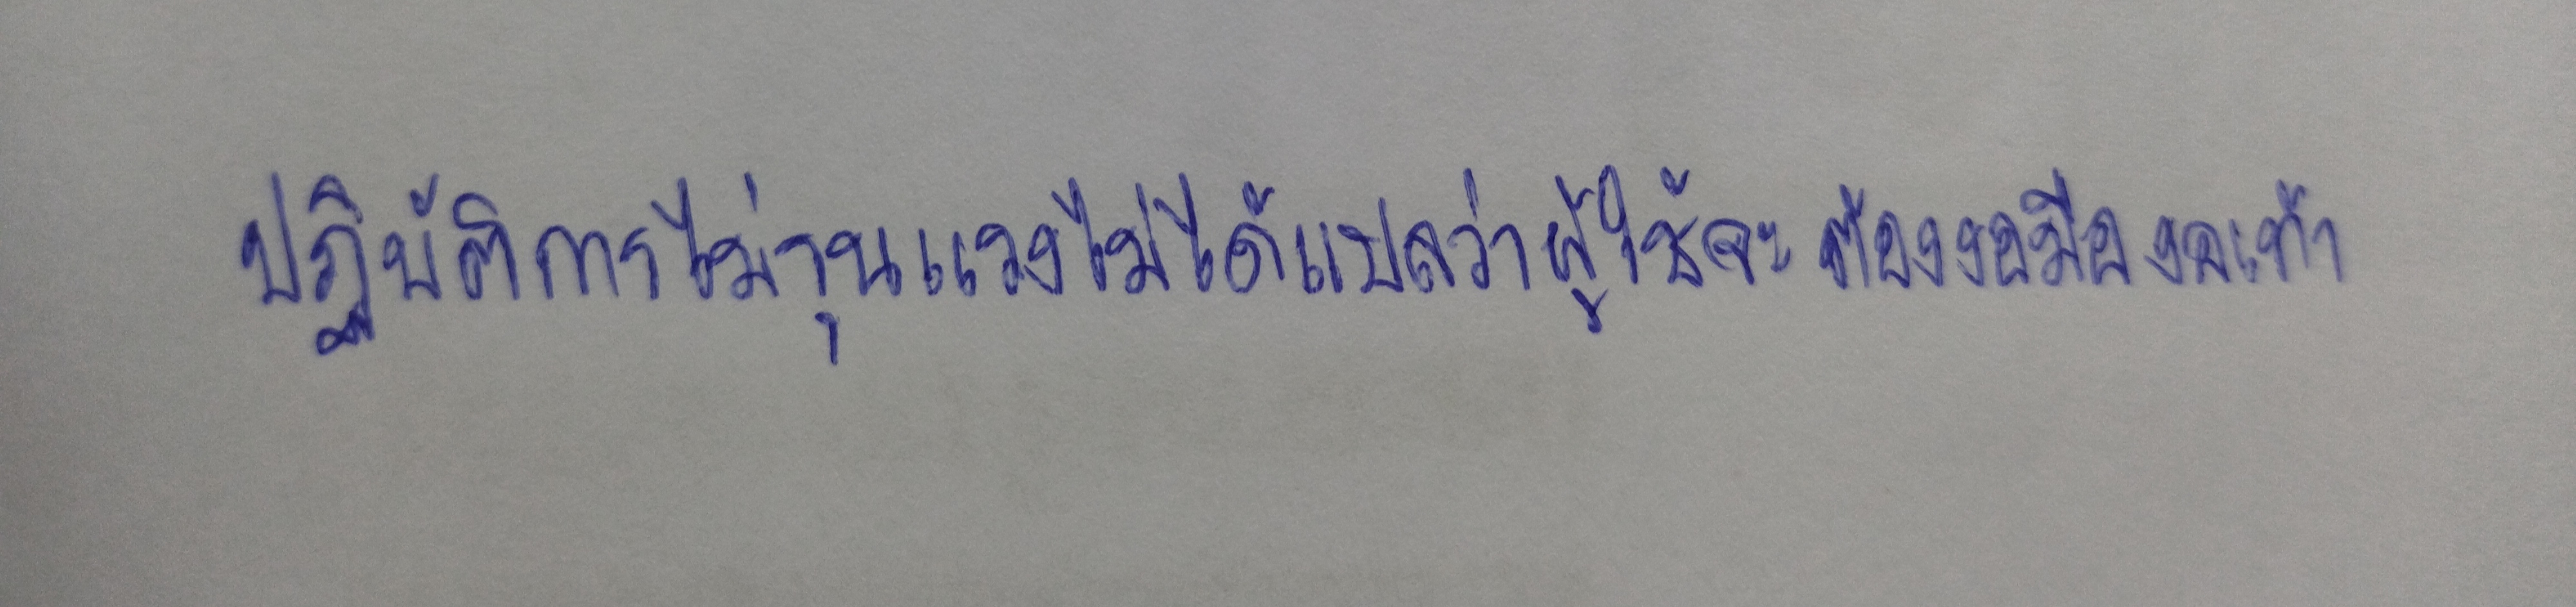
ปฏิบัติการไม่รุนแรงไม่ได้แปลว่าผู้ใช้จะต้องงอมืองอเท้า